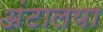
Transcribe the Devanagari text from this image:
अंटालया